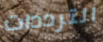
الترددات